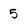
Character: 5